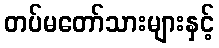
တပ်မတော်သားများနှင့်